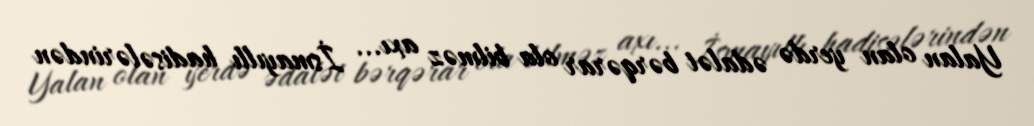
Yalan olan yerdə ədalət bərqərar ola bilməz axı... İsmayıllı hadisələrindən